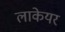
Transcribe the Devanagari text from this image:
लाकेयर